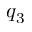
q _ { 3 }